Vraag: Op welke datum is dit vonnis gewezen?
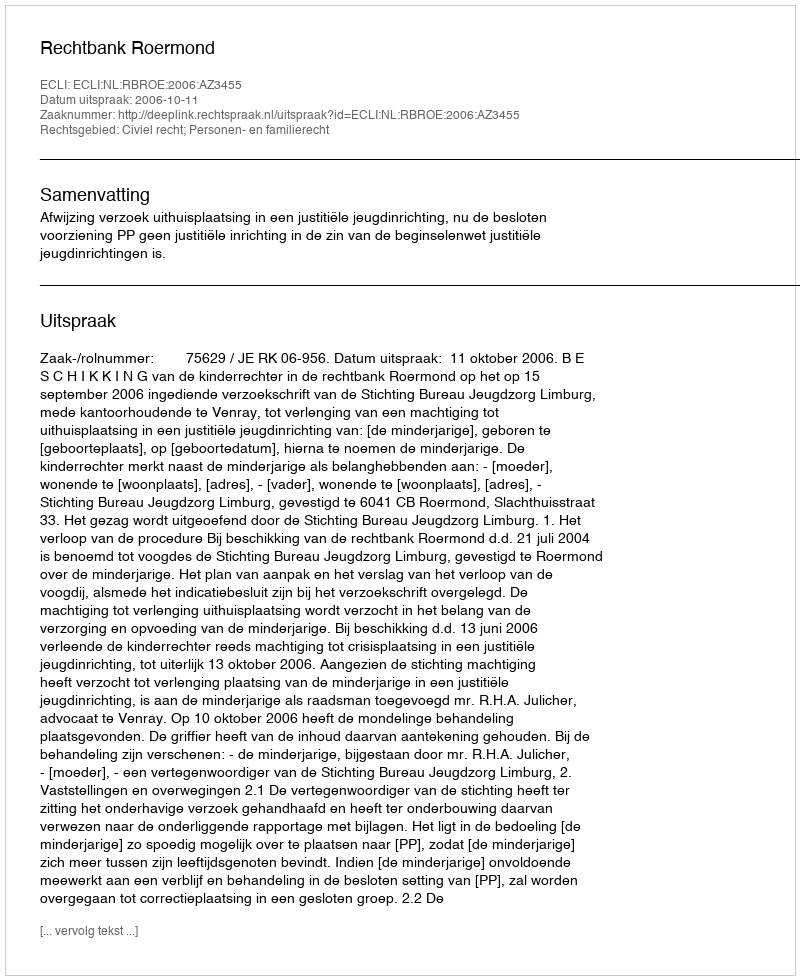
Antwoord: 2006-10-11